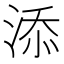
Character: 添